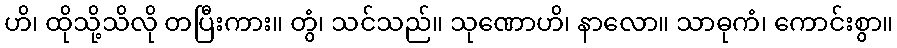
ဟိ၊ ထိုသို့သိလို တပြီးကား။ တွံ၊ သင်သည်။ သုဏောဟိ၊ နာလော။ သာဓုကံ၊ ကောင်းစွာ။